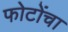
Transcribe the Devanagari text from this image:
फोटोंचा